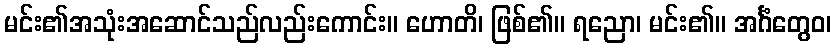
မင်း၏အသုံးအဆောင်သည်လည်းကောင်း။ ဟောတိ၊ ဖြစ်၏။ ရညော၊ မင်း၏။ အင်္ဂံတွေဝ၊